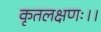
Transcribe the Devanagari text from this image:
कृतलक्षणः।।